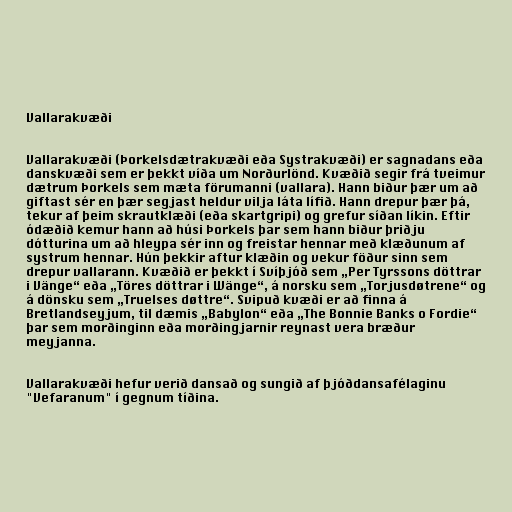
Vallarakvæði

Vallarakvæði (Þorkelsdætrakvæði eða Systrakvæði) er sagnadans eða
danskvæði sem er þekkt víða um Norðurlönd. Kvæðið segir frá tveimur
dætrum Þorkels sem mæta förumanni (vallara). Hann biður þær um að
giftast sér en þær segjast heldur vilja láta lífið. Hann drepur þær þá,
tekur af þeim skrautklæði (eða skartgripi) og grefur síðan líkin. Eftir
ódæðið kemur hann að húsi Þorkels þar sem hann biður þriðju
dótturina um að hleypa sér inn og freistar hennar með klæðunum af
systrum hennar. Hún þekkir aftur klæðin og vekur föður sinn sem
drepur vallarann. Kvæðið er þekkt í Svíþjóð sem „Per Tyrssons döttrar
i Vänge“ eða „Töres döttrar i Wänge“, á norsku sem „Torjusdøtrene“ og
á dönsku sem „Truelses døttre“. Svipuð kvæði er að finna á
Bretlandseyjum, til dæmis „Babylon“ eða „The Bonnie Banks o Fordie“
þar sem morðinginn eða morðingjarnir reynast vera bræður
meyjanna.

Vallarakvæði hefur verið dansað og sungið af þjóðdansafélaginu
"Vefaranum" í gegnum tíðina.